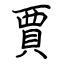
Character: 賈